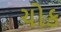
ચોક